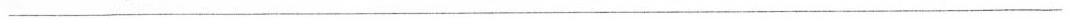
___